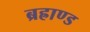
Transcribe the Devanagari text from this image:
ब्रह्राण्ड